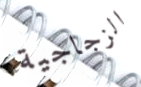
الزجاجية